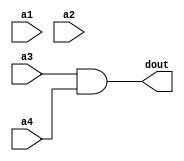
// Code your design here
module top (
input a1,a2,a3,a4,
output dout
);
  
reg temp;
    
  always@(*)
    begin
    temp = a1 & a2;
    temp = a3 & a4;
    end
  
assign dout = temp; 
  
endmodule